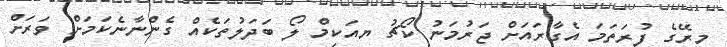
މިރޭގެ ފުރަތަމަ އެގާރައަށް ޖަރުމަނު ކޯޗު ޔއަކިމް ލޯ ބަދަލުތަކެއް ގެންނާނެކަމަށް ވަރަށް